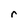
Character: r